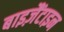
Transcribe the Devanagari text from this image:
बाइज़ैंटाइन